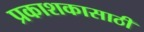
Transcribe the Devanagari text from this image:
प्रकाशकासाठी